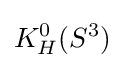
K_{H}^{0}(S^{3})